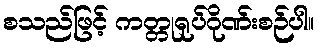
စသည်ဖြင့် ကတ္တုရုပ်ဂိုဏ်းစဉ်ပါ။